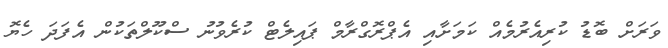
ވަރަށް ބޮޑު ކުރިއެރުމެއް ކަމަށާއި އެޕްރޮގްރާމް ޕައިލެޓް ކުރެވުނު ސްކޫލްތަކުން އެފަދަ ހެޔޮ